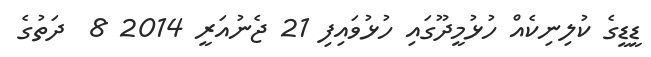
ޑީޑީގެ ކުލިނިކެއް ހުޅުމީދޫގައި ހުޅުވައިފި 21 ޖެނުއަރީ 2014 8  ދަތުގެ